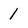
Character: 1